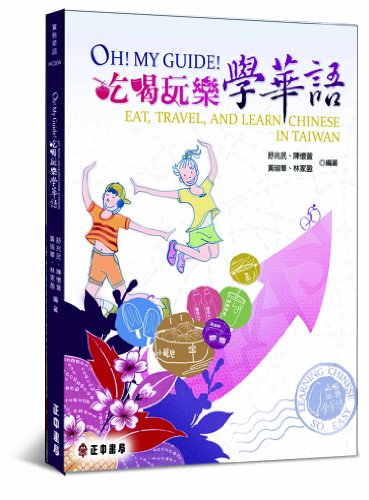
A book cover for OH MY GUIDE - Eat, Travel, and Learn Chinese in Taiwan; Chen Huaixuan, Huang Chuhua, Lin Jiaying Shu Zhaomin; Travel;